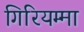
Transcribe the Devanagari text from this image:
गिरियम्मा